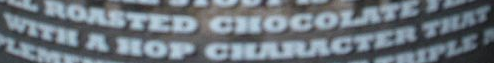
WITH A HOP CHARACTER THAT